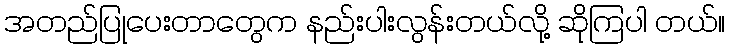
အတည်ပြုပေးတာတွေက နည်းပါးလွန်းတယ်လို့ ဆိုကြပါ တယ်။